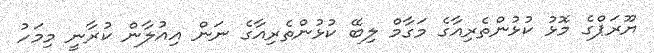
ޔޫރަޕްގެ މޮޅު ކުޅުންތެރިއާގެ މަގާމް ލިބޭ ކުޅުންތެރިއާގެ ނަން އިއުލާން ކުރާނީ މިމަހު